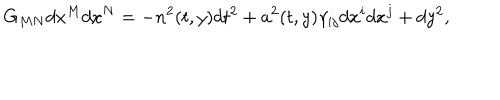
G _ { M N } d x ^ { M } d x ^ { N } = - n ^ { 2 } ( t , y ) d t ^ { 2 } + a ^ { 2 } ( t , y ) \gamma _ { i j } d x ^ { i } d x ^ { j } + d y ^ { 2 } ,